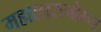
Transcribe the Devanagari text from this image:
महालासमोरून